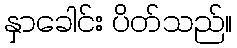
နှာခေါင်း ပိတ်သည်။